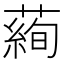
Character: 𦻖